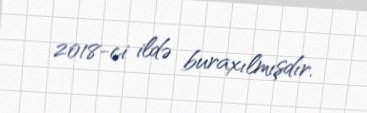
2018-ci ildə buraxılmışdır.